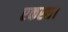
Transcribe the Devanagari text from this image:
एकस्थ।